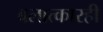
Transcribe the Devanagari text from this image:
बलात्कारही